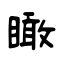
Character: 瞰